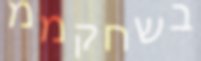
בשחקממ